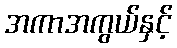
အကာအကွယ်နှင့်